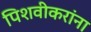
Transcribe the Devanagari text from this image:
पिशवीकरांना